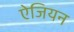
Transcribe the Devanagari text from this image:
ऐजियन